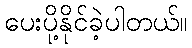
ပေးပို့နိုင်ခဲ့ပါတယ်။